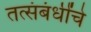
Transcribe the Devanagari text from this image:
तत्संबंधींचे